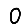
Digit: 0